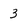
Character: 3